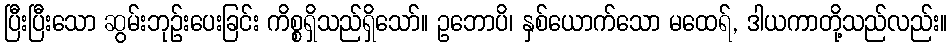
ပြီးပြီးသော ဆွမ်းဘုဉ်းပေးခြင်း ကိစ္စရှိသည်ရှိသော်။ ဥဘောပိ၊ နှစ်ယောက်သော မထေရ်, ဒါယကာတို့သည်လည်း။